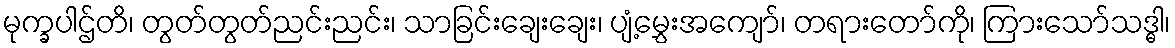
မုက္ခပါဌ်တိ၊ တွတ်တွတ်ညင်းညင်း၊ သာခြင်းချေးချေး၊ ပျံ့မွှေးအကျော်၊ တရားတော်ကို၊ ကြားသော်သဒ္ဓါ၊